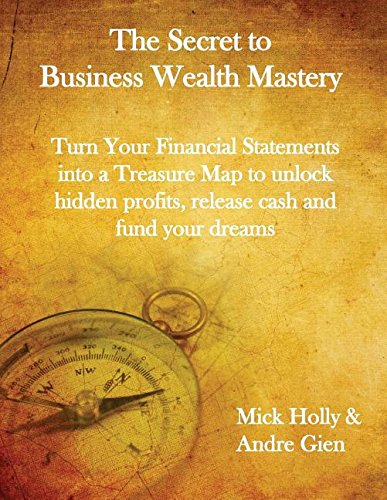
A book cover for The Secret to Business Wealth Mastery: Turn Your Financial Statements into a Treasure Map to unlock hidden profits, release cash and fund your dreams; Mick Holly; Education & Teaching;